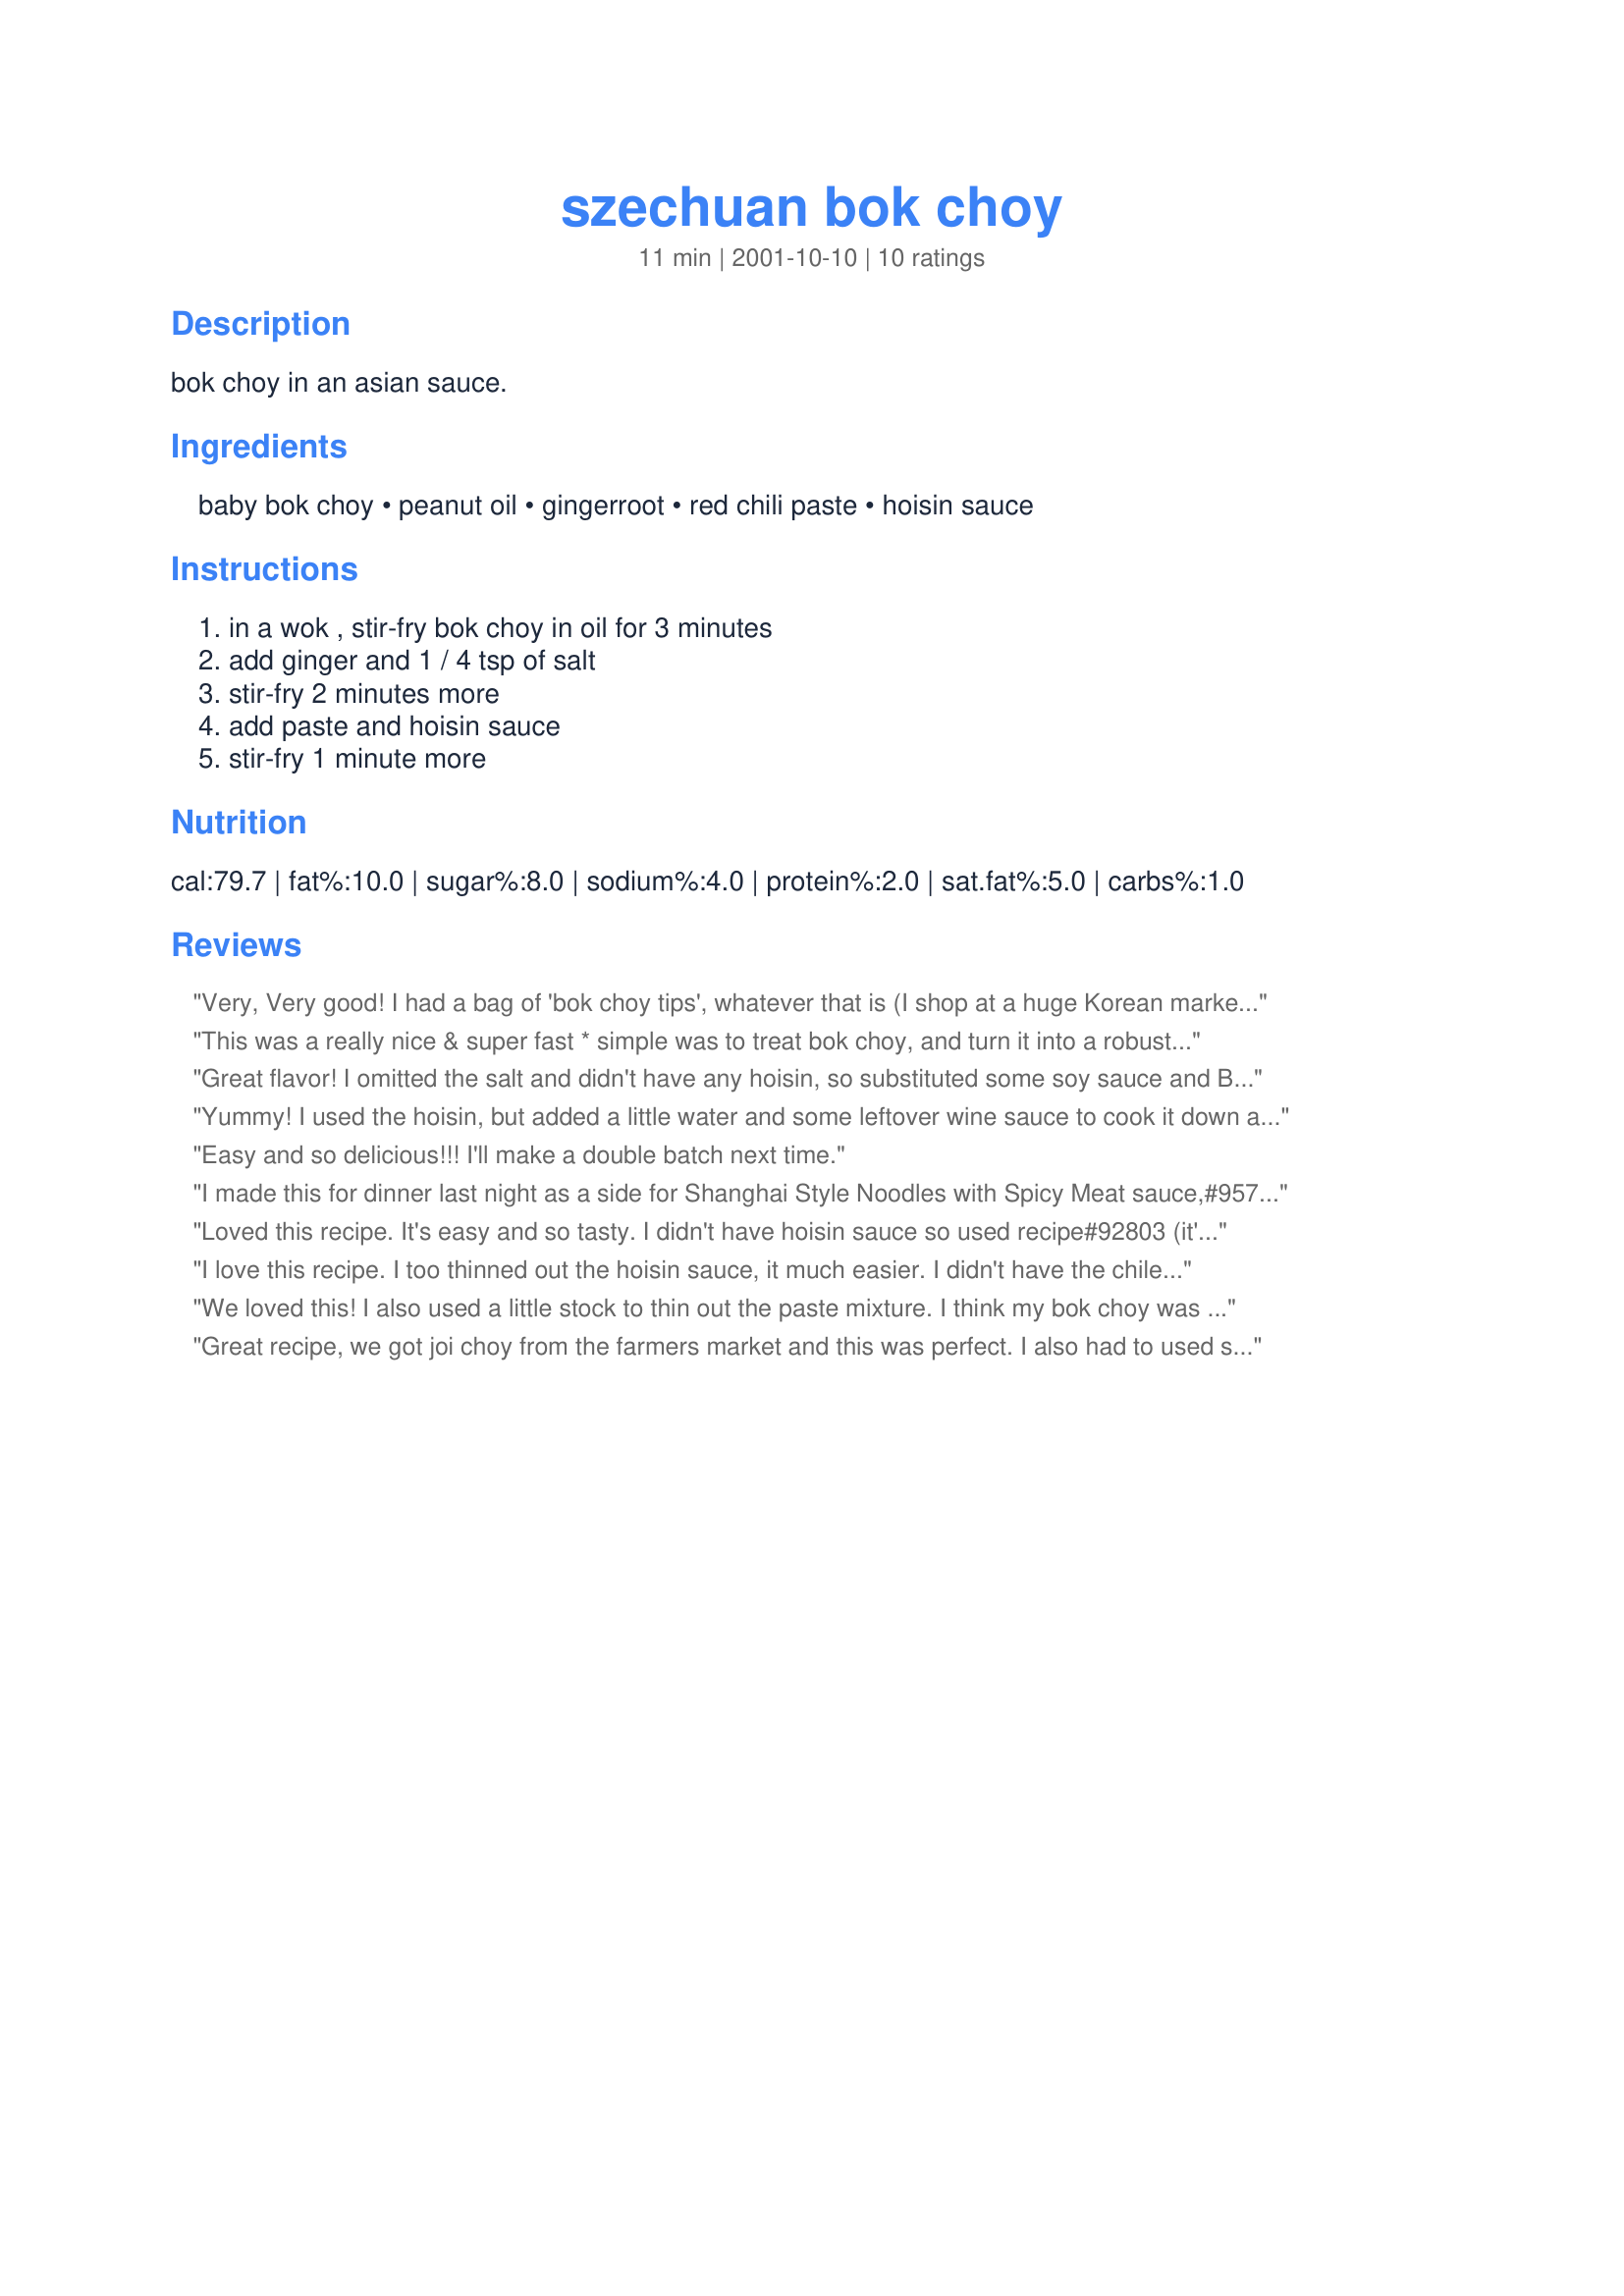
szechuan bok choy
Preparation time: 11 minutes

bok choy in an asian sauce.

Ingredients:
baby bok choy, peanut oil, gingerroot, red chili paste, hoisin sauce

Steps:
in a wok , stir-fry bok choy in oil for 3 minutes, add ginger and 1 / 4 tsp of salt, stir-fry 2 minutes more, add paste and hoisin sauce, stir-fry 1 minute more

Reviews:
Very, Very good! I had a bag of 'bok choy tips', whatever that is (I shop at a huge Korean market and don't really understand some of their terms). Anyway, I made as written but threw in about 1/3 lb. of fresh, sliced shiitake mushrooms for the mushroom freak (husband). I let them cook for a bit, then added the bok choy, which I didn't quarter as they were really pretty small. proceeded with the recipe as written. Husband, daughter and I enjoyed immensely and this will be made again. Thanks southern chef for sharing this recipe :) Oh, this went really well with Nennny's White Miso Baked Chilean Sea Bass (#163863). The end.
This was a really nice & super fast * simple was to treat bok choy, and turn it into a robust side dish. My one minor mod: after an initial searing/stir-frying of the bok choy, I added a bit of chicken stock with the ginger and let that simmer a few extra minutes...
Great flavor! I omitted the salt and didn't have any hoisin, so substituted some soy sauce and Brag's liquid aminos. I would recommend mixing the paste with some sauce before adding it to the pan because it tended to stay in a lump in the pan. Thanks for a wonderful way to eat bok choy, which I read was a good source of calcium.
Yummy! I used the hoisin, but added a little water and some leftover wine sauce to cook it down a little. Thanks Recipe Fairy!
Easy and so delicious!!! I'll make a double batch next time.
I made this for dinner last night as a side for Shanghai Style Noodles with Spicy Meat sauce,#95734, and it was wonderful! Delicious sauce with a slight hint of heat- really complimented the baby bok choy. Thanks for posting this- it's a keeper1
Loved this recipe. It's easy and so tasty. I didn't have hoisin sauce so used recipe#92803 (it's awesome) and served with recipe#66121 the only change I made was to add some onions and sauted along with the ginger. I've never had bok choy before but am glad I tried it.
I love this recipe. I too thinned out the hoisin sauce, it much easier. I didn't have the chile paste so I used some chile oil. I've already made this three times. I'm hooked!!!
We loved this! I also used a little stock to thin out the paste mixture. I think my bok choy was smaller than those called for though, because after it cooked down, we barely got 2 servings. Next time I'll just use have to use more! Thanks for sharing!
Great recipe, we got joi choy from the farmers market and this was perfect. I also had to used seasame oil in place of peanut oil.
